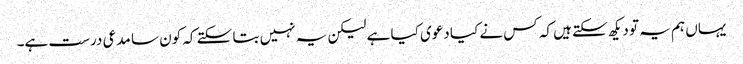
یہاں ہم یہ تو دیکھ سکتے ہیں کہ کس نے کیا دعوی کیا ہے لیکن یہ نہیں بتا سکتے کہ کون سا مدعی درست ہے۔